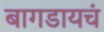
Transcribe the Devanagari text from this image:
बागडायचं